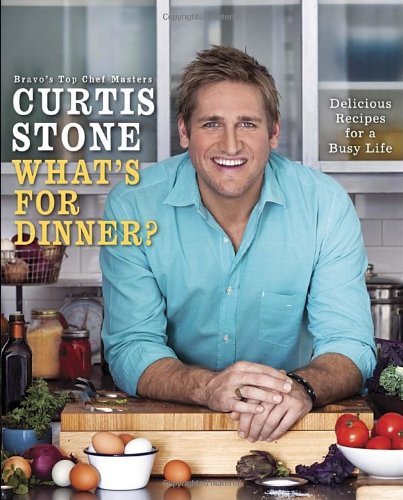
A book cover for What's for Dinner?: Delicious Recipes for a Busy Life; Curtis Stone; Cookbooks, Food & Wine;